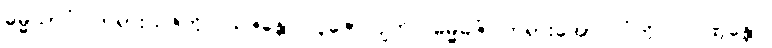
ဓမ္မယာဂံ၊ တရားယဇ်ကို။ ယဇန္တော၊ ပူဇော်လျက်။ ဓမ္မဓဇံ၊ တရားအောင်လံကို။ ပဂ္ဂဏှန္တော၊